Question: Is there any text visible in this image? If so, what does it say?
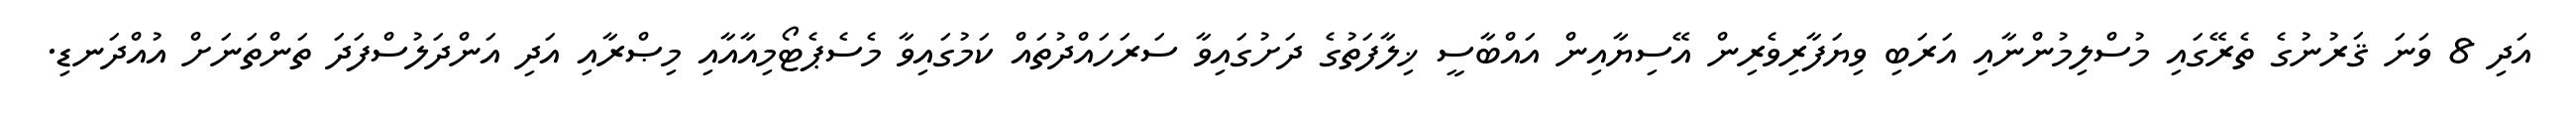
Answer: އަދި 8 ވަނަ ޤަރުނުގެ ތެރޭގައި މުސްލިމުންނާއި އަރަބި ވިޔަފާރިވެރިން އޭސިޔާއިން އައްބާސީ ޚިލާފަތުގެ ދަށުގައިވާ ސަރަހައްދުތައް ކަމުގައިވާ މެސެޕެޓޯމިއާއާއި މިޞްރާއި އަދި އަންދަލުސްފަދަ ތަންތަނަށް އުއްދަނޑި.